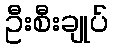
ဦးစီးချုပ်